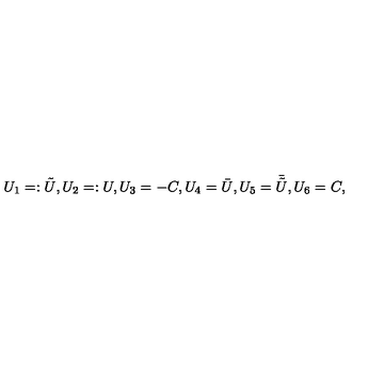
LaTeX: U _ { 1 } = : { \tilde { U } } , U _ { 2 } = : U , U _ { 3 } = - C , U _ { 4 } = { \bar { U } } , U _ { 5 } = { \bar { \tilde { U } } } , U _ { 6 } = C ,